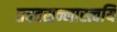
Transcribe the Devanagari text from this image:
तदवसन्नास्त्वयि